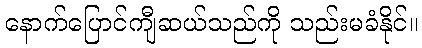
နောက်ပြောင်ကျီဆယ်သည်ကို သည်းမခံနိုင်။